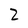
Character: 2